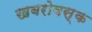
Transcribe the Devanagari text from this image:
खबरोवस्क